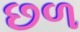
છળ